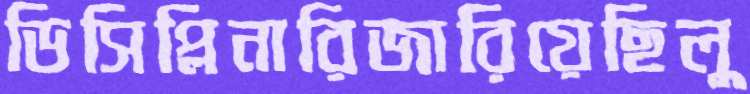
ডিসিপ্লিনারিজারিয়েছিলু